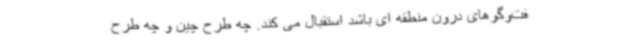
فت‌وگوهای درون منطقه ای باشد استقبال می کند. چه طرح چین و چه طرح